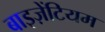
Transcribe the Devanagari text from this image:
बाइज़ेंटियम